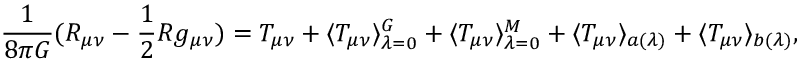
\frac { 1 } { 8 \pi G } ( R _ { \mu \nu } - \frac { 1 } { 2 } R g _ { \mu \nu } ) = T _ { \mu \nu } + \langle T _ { \mu \nu } \rangle _ { \lambda = 0 } ^ { G } + \langle T _ { \mu \nu } \rangle _ { \lambda = 0 } ^ { M } + \langle T _ { \mu \nu } \rangle _ { a ( \lambda ) } + \langle T _ { \mu \nu } \rangle _ { b ( \lambda ) } ,